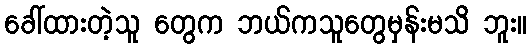
ခေါ်ထားတဲ့သူ တွေက ဘယ်ကသူတွေမှန်းမသိ ဘူး။